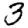
Digit: 3